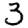
Digit: 3